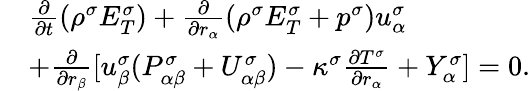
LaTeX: \begin{array}{r}{\begin{array}{rl}&{\frac{\partial}{\partial t}(\rho^{\sigma}E_{T}^{\sigma})+\frac{\partial}{\partial r_{\alpha}}(\rho^{\sigma}E_{T}^{\sigma}+p^{\sigma})u_{\alpha}^{\sigma}}\\ &{+\frac{\partial}{\partial r_{\beta}}[u_{\beta}^{\sigma}(P_{\alpha\beta}^{\sigma}+U_{\alpha\beta}^{\sigma})-\kappa^{\sigma}\frac{\partial T^{\sigma}}{\partial r_{\alpha}}+Y_{\alpha}^{\sigma}]=0.}\end{array}}\end{array}